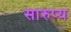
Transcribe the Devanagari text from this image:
सारुप्य